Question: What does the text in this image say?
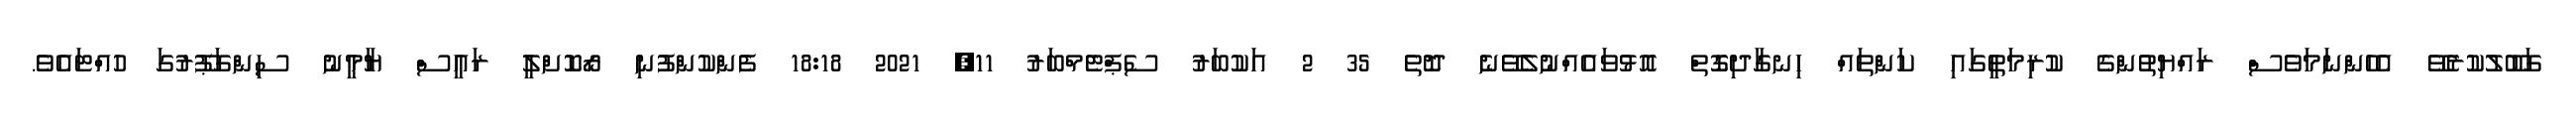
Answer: ގަބޫލުކުރެވޭ އެހެންނަމަވެސް ރައްޔިތުންގެ ކުރިމަތީގައި ކަންތައް ހިނގާދިގޮތް އޮޅުވައެއްނުލެވޭނެ ދޮތެ 35 2 އަކުބަރު ސެޕްޓެމްބަރު 11, 2021 18:18 ފެންކުންފުނި ރޯކޮށްލީ ރައީސް ޔާމީނު ސިންގަޕޫރުގަ ހުއްޓައެވެ.